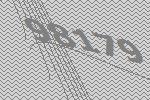
98179